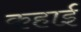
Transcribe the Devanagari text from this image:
कहाई